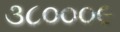
૩૮૦૦૦૯